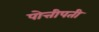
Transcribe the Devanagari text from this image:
पोत्तीपती